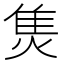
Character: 𤊙